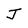
Character: J